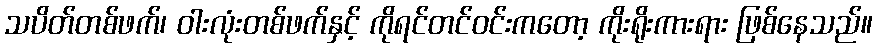
သပိတ်တစ်ဖက်၊ ဝါးလုံးတစ်ဖက်နှင့် ကိုရင်တင်ဝင်းကတော့ ကိုးရိုးကားရား ဖြစ်နေသည်။